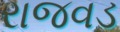
રાજવડ